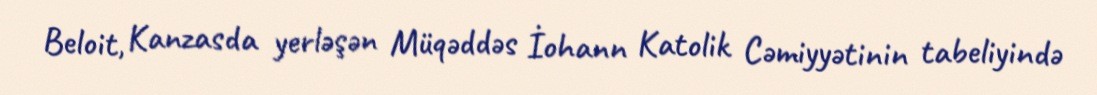
Beloit, Kanzasda yerləşən Müqəddəs İohann Katolik Cəmiyyətinin tabeliyində